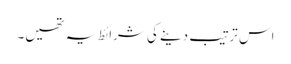
اس ترتیب دینے کی شرائط یہ تھیں۔